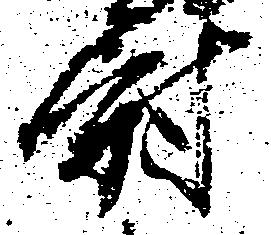
尉